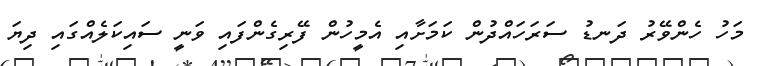
މަހު ހެންވޭރު ދަނޑު ސަރަހައްދުން ކަމަށާއި އެމީހުން ފޭރިގެންފައި ވަނީ ސައިކަލެއްގައި ދިޔަ